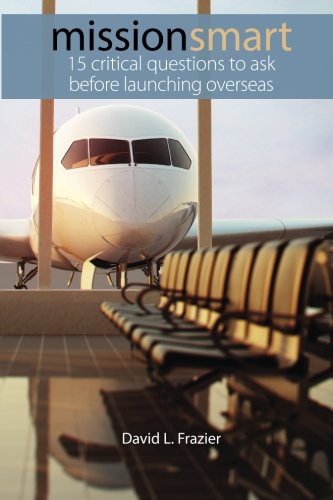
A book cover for Mission Smart: 15 Critical Questions To Ask Before Launching Overseas; David L. Frazier; Christian Books & Bibles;